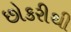
છોકરીથી